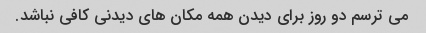
می ترسم دو روز برای دیدن همه مکان های دیدنی کافی نباشد.